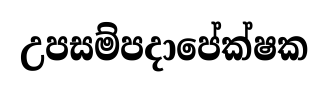
උපසම්පදාපේක්ෂක